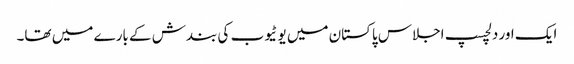
ایک اور دلچسپ اجلاس پاکستان میں یو ٹیوب کی بندش کے بارے میں تھا۔